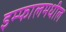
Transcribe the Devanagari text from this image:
इम्फालमधील